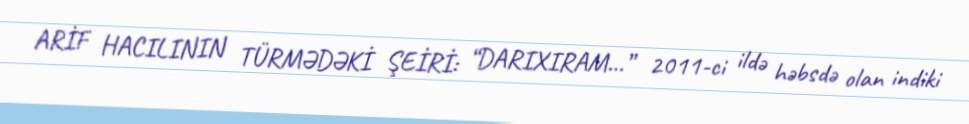
ARİF HACILININ TÜRMƏDƏKİ ŞEİRİ: “DARIXIRAM…” 2011-ci ildə həbsdə olan indiki